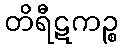
တိရီဋကဉ္စ